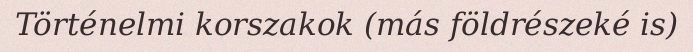
Történelmi korszakok (más földrészeké is)